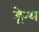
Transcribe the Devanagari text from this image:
ड्रेन्थ